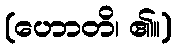
(ဟောတိ၊ ၏။)